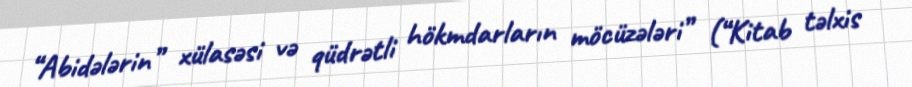
“Abidələrin” xülasəsi və qüdrətli hökmdarların möcüzələri” (“Kitab təlxis